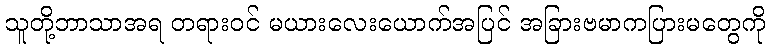
သူတို့ဘာသာအရ တရားဝင် မယားလေးယောက်အပြင် အခြားဗမာကပြားမတွေကို